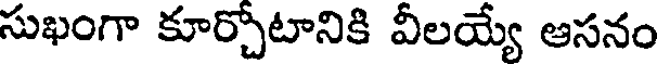
సుఖంగా కూర్చోటానికి వీలయ్యే ఆసనం